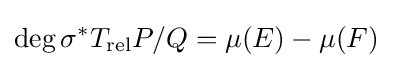
\deg \sigma ^{*}T_{\operatorname {rel} }P/Q=\mu (E)-\mu (F)